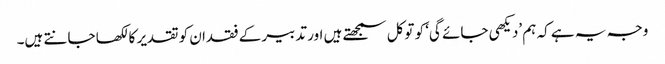
وجہ یہ ہے کہ ہم ’دیکھی جائے گی‘ کو توکل سمجھتے ہیں اور تدبیر کے فقدان کو تقدیر کا لکھا جانتے ہیں۔